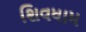
શિવધામ